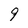
Character: 9